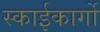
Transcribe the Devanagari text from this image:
स्काईकार्गो